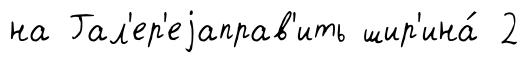
на Гал'ер'еjаправ'ить шир'ина́ 2